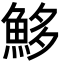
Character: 𩶰